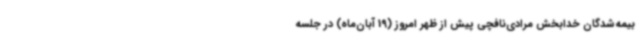
بیمه‌شدگان خدابخش مرادی‌نافچی پیش از ظهر امروز (19 آبان‌ماه) در جلسه